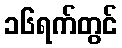
၁၆ရက်တွင်